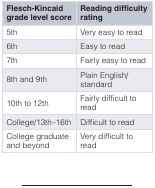
| Flesch-Kincaidgrade level score | Reading difficultyrating |
 | --- | --- |
 | 5th | Very easy to read |
 | 6th | Easy to read |
 | 7th | Fairly easy to read |
 | 8th and 9th | Plain English/standard |
 | 10th to 12th | Fairly difficult toread |
 | College/13th–16th | Difficult to read |
 | College graduateand beyond | Very difficult to read |